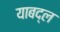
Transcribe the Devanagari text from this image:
याबद्ल